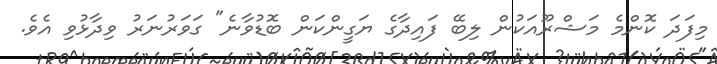
މިފަދަ ކޮންމެ މަޝްރޫއަކުން ލިބޭ ފައިދާގެ ޔަގީންކަން ބޮޑުވާނެ" ގަވަރުނަރު ވިދާޅުވި އެވެ.